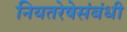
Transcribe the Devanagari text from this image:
नियतरेषेसंबंधी